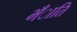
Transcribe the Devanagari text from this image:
भँाति